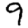
Digit: 9